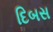
દિબસ